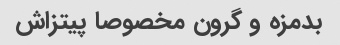
بدمزه و گرون مخصوصا پیتزاش